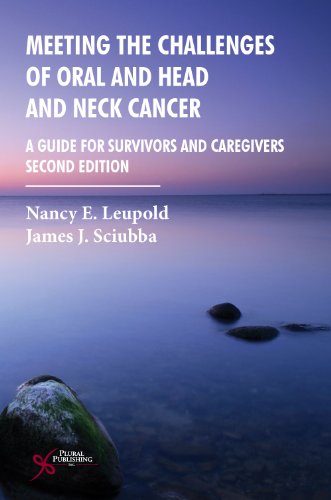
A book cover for Meeting the Challenges of Oral and Head and Neck Cancer: A Guide for Survivors and Caregivers, Second Edition; Nancy E. Leupold; Medical Books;